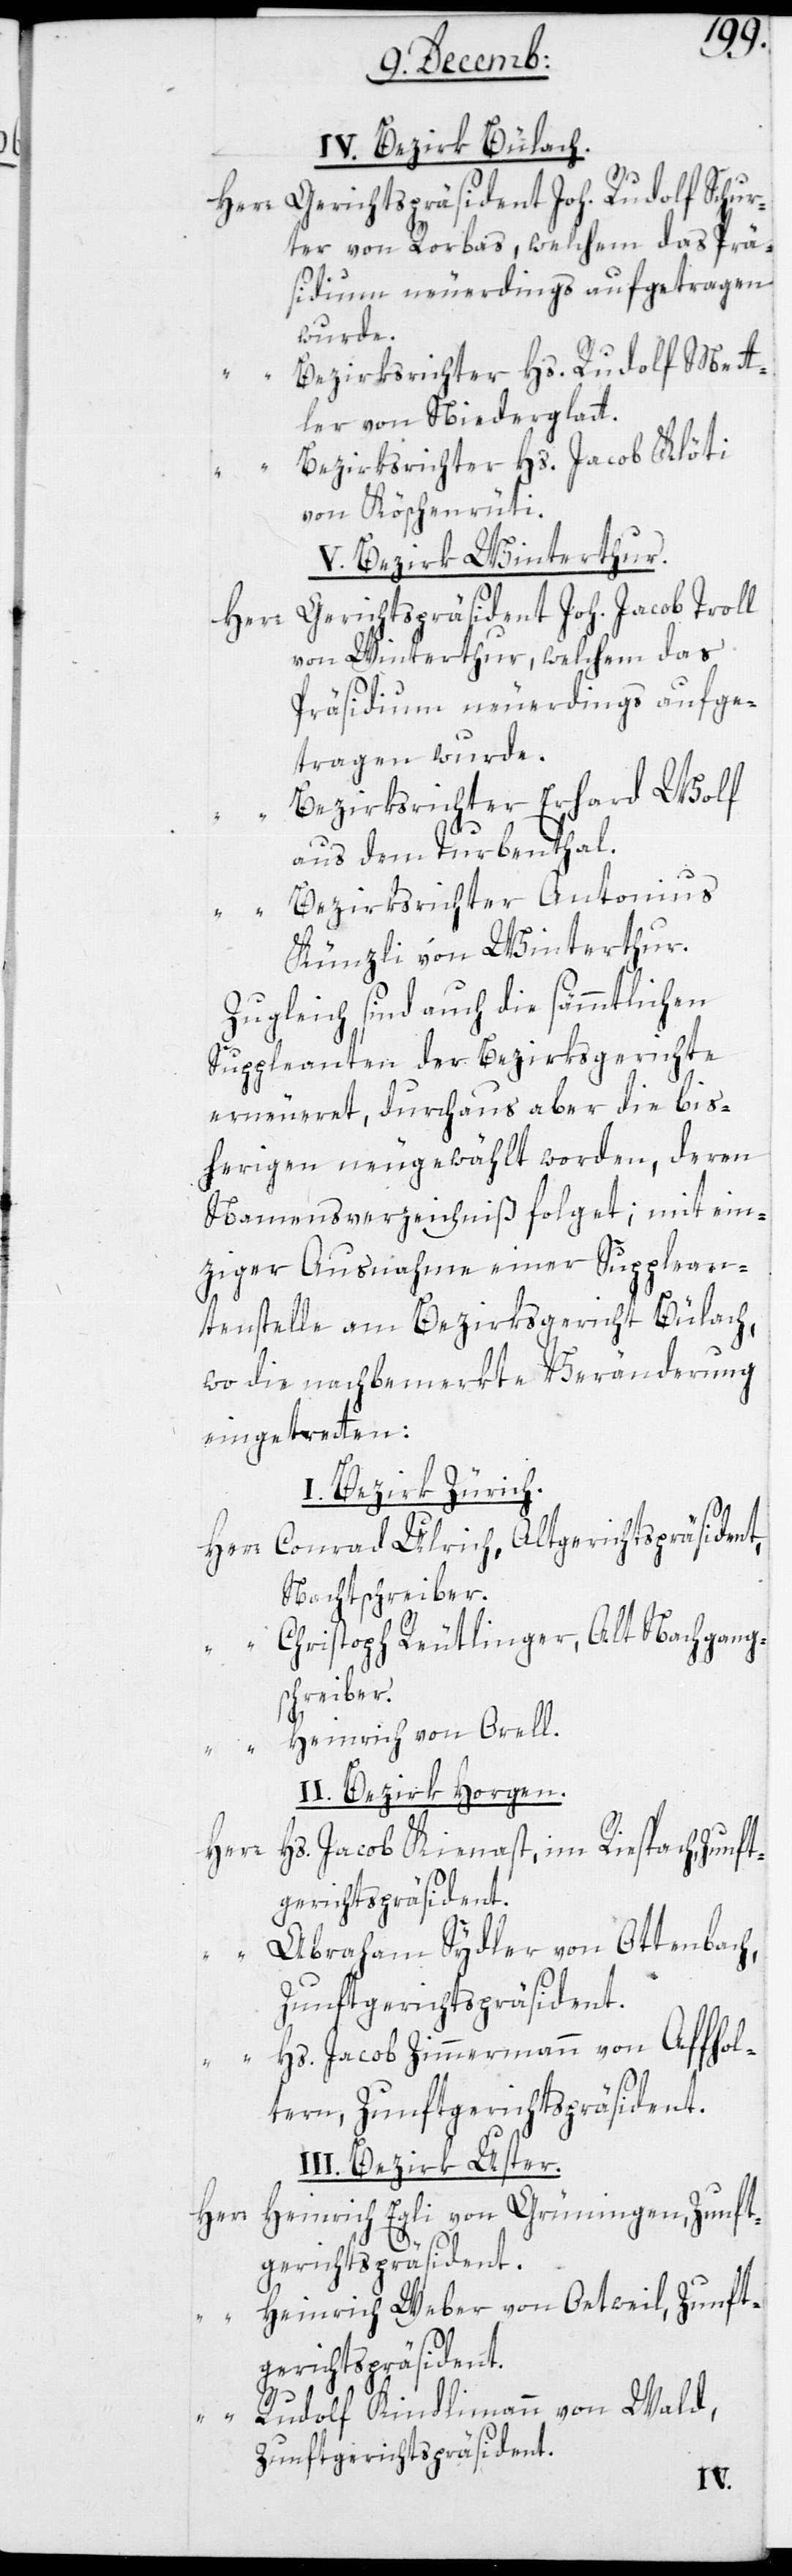
IV. Bezirk Bülach.
Herr Gerichtspräsident Joh. Rudolf Schur¬
ter von Rorbas, welchem das Prä¬
sidium neuerdings aufgetragen
wurde.
Bezirksrichter Hs. Rudolf Mett¬
ler von Niederglatt.
Bezirksrichter Hs. Jacob Klöti
von Köschenrüti.
V. Bezirk Winterthur.
Gerichtspräsident Joh. Jacob Troll
von Winterthur, welchem das
Präsidium neuerdings aufge¬
tragen wurde.
Bezirksrichter Erhard Wolf
aus dem Turbenthal.
Bezirksrichter Antonius
Künzli von Winterthur.
Zugleich sind auch die sämmtlichen
Suppleanten der Bezirksgerichte
erneueret, durchaus aber die Bis¬
herigen neugewählt worden, deren
Namensverzeichniß folget; mit ein¬
ziger Ausnahme einer Supplean¬
tenstelle am Bezirksgericht Bülach,
wo die nachbemerkte Veränderung
eingetreten:
I. Bezirk Zürich.
Herr Conrad Ulrich, Altgerichtspräsident,
Nachtschreiber.
“ Christoph Reutlinger, Alt Nachgang¬
schreiber.
“ Heinrich von Orell.
II. Bezirk Horgen.
Hs. Jacob Kienast, im Riesbach, Zunft¬
gerichtspräsident.
Abraham Sydler von Ottenbach,
I¬
Zunftgerichtspräsident.
Hs. Jacob Zimmermann von Affol¬
tern, Zunftgerichtspräsident.
II. Bezirk Uster.
Heinrich Egli von Grüningen, Zunft¬
Herr
gerichtspräsident.
Heinrich Weber von Oetwil, Zunft¬
gerichtspräsident.
Rudolf Kindlimann von Wald,
Zunftgerichtspräsident.